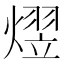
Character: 熤